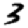
Digit: 3